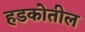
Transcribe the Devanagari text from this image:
हडकोतील